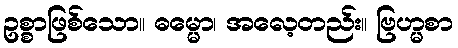
ဥစ္စာဖြစ်သော။ ဓမ္မော၊ အလေ့တည်း။ ဗြဟ္မစာ